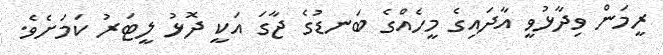
ރީމަން ވިދާޅުވީ އާދައިގެ މީހެއްގެ ބަނޑުގެ ޖާގަ އަކީ ދޮޅު ލީޓަރު ކަމަށެވެ.